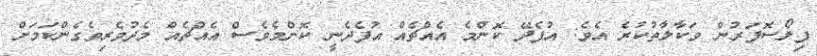
ފިލޯސޮފަރުން ވަކާލާތުކުރެ އެވެ: އުފެދޭ ކޮންމެ އެއްޗެއް އުފެދެނީ ކޮންމެވެސް އެއްޗެއް މެދުވެރިވެގެންކަމަށް